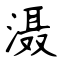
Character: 滠